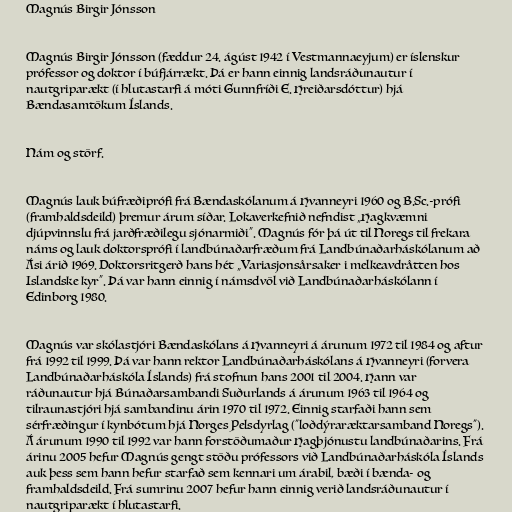
Magnús Birgir Jónsson

Magnús Birgir Jónsson (fæddur 24. ágúst 1942 í Vestmannaeyjum) er íslenskur
prófessor og doktor í búfjárrækt. Þá er hann einnig landsráðunautur í
nautgriparækt (í hlutastarfi á móti Gunnfríði E. Hreiðarsdóttur) hjá
Bændasamtökum Íslands.

Nám og störf.

Magnús lauk búfræðiprófi frá Bændaskólanum á Hvanneyri 1960 og B.Sc.-prófi
(framhaldsdeild) þremur árum síðar. Lokaverkefnið nefndist „Hagkvæmni
djúpvinnslu frá jarðfræðilegu sjónarmiði“. Magnús fór þá út til Noregs til frekara
náms og lauk doktorsprófi í landbúnaðarfræðum frá Landbúnaðarháskólanum að
Ási árið 1969. Doktorsritgerð hans hét „Variasjonsårsaker i melkeavdråtten hos
Islandske kyr“. Þá var hann einnig í námsdvöl við Landbúnaðarháskólann í
Edinborg 1980.

Magnús var skólastjóri Bændaskólans á Hvanneyri á árunum 1972 til 1984 og aftur
frá 1992 til 1999. Þá var hann rektor Landbúnaðarháskólans á Hvanneyri (forvera
Landbúnaðarháskóla Íslands) frá stofnun hans 2001 til 2004. Hann var
ráðunautur hjá Búnaðarsambandi Suðurlands á árunum 1963 til 1964 og
tilraunastjóri hjá sambandinu árin 1970 til 1972. Einnig starfaði hann sem
sérfræðingur í kynbótum hjá Norges Pelsdyrlag ("loðdýraræktarsamband Noregs").
Á árunum 1990 til 1992 var hann forstöðumaður Hagþjónustu landbúnaðarins. Frá
árinu 2005 hefur Magnús gengt stöðu prófessors við Landbúnaðarháskóla Íslands
auk þess sem hann hefur starfað sem kennari um árabil, bæði í bænda- og
framhaldsdeild. Frá sumrinu 2007 hefur hann einnig verið landsráðunautur í
nautgriparækt í hlutastarfi.